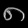
Digit: ၈